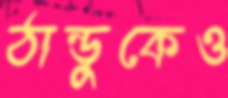
ঠান্ডুকেও